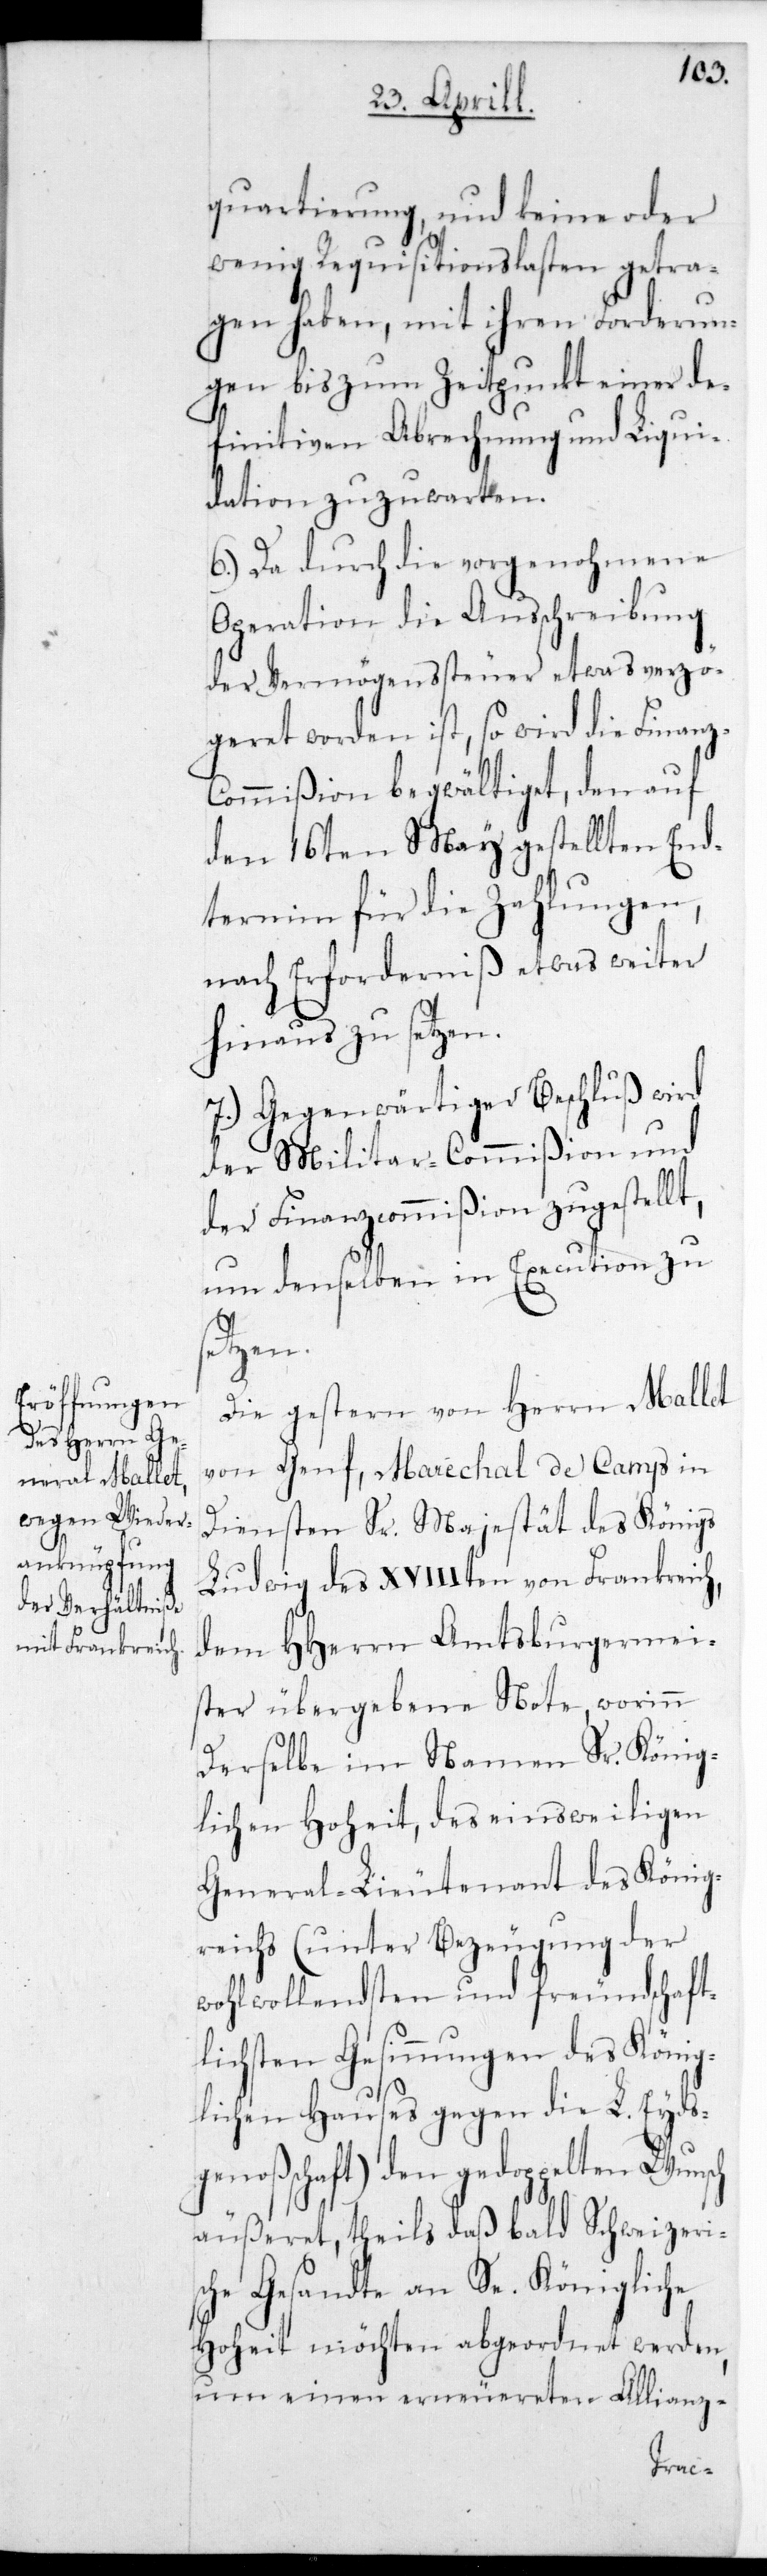
quartierung und keine oder
wenig Requisitionslasten getra¬
gen haben, mit ihren Forderun¬
gen bis zum Zeitpunkt einer de¬
finitiven Abrechnung und Liqui¬
dation zuzuwarten.
6.) Da durch die vorgenohmene
Operation die Ausschreibung
der Vermögenssteuer etwas verzö¬
geret worden ist, so wird die Finanz-C¬
ommißion begwältiget, den auf
den 16ten May gestellten End¬
termin für die Zahlungen,
nach Erforderniß etwas weiter
hinaus zu setzen.
7.) Gegenwärtiger Beschluß wird
der Militar-Commißion und
der Finanzcommißion zugestell¬
um denselben in Execution zu
setzen.
Die gestern von Herrn Mallet
von Genf, Maréchal de Camp in
Diensten Sr. Majestät des Königs
Ludwig des XVIIIten von Frankreich,
dem HHerrn Amtsburgermei¬
ster übergebene Note, worinn
derselbe im Namen Sr. König¬
lichen Hoheit, des einstweiligen
General-Lieutenant des König¬
reichs (unter Bezeugung der
wohlwollendsten und freundschaft¬
lichsten Gesinnungen des König¬
lichen Hauses gegen die L. Eydsg¬
enoßenschaft) den gedoppelten Wunsch
äußeret, theils daß bald Schweizeris¬
che Gesandte an Se. Königliche
Hoheit möchten abgeordnet werden,
um einen erneuereten Allianz-
t,